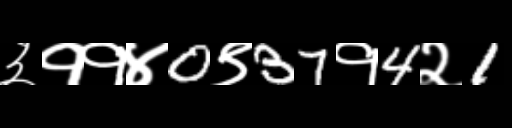
Text: ३११४0९37१4२1